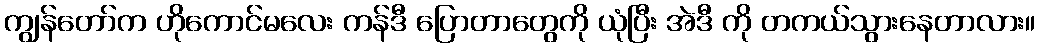
ကျွန်တော်က ဟိုကောင်မလေး ကန်ဒီ ပြောတာတွေကို ယုံပြီး အဲဒီ ကို တကယ်သွားနေတာလား။